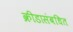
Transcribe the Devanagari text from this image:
क्रीडासंबधित